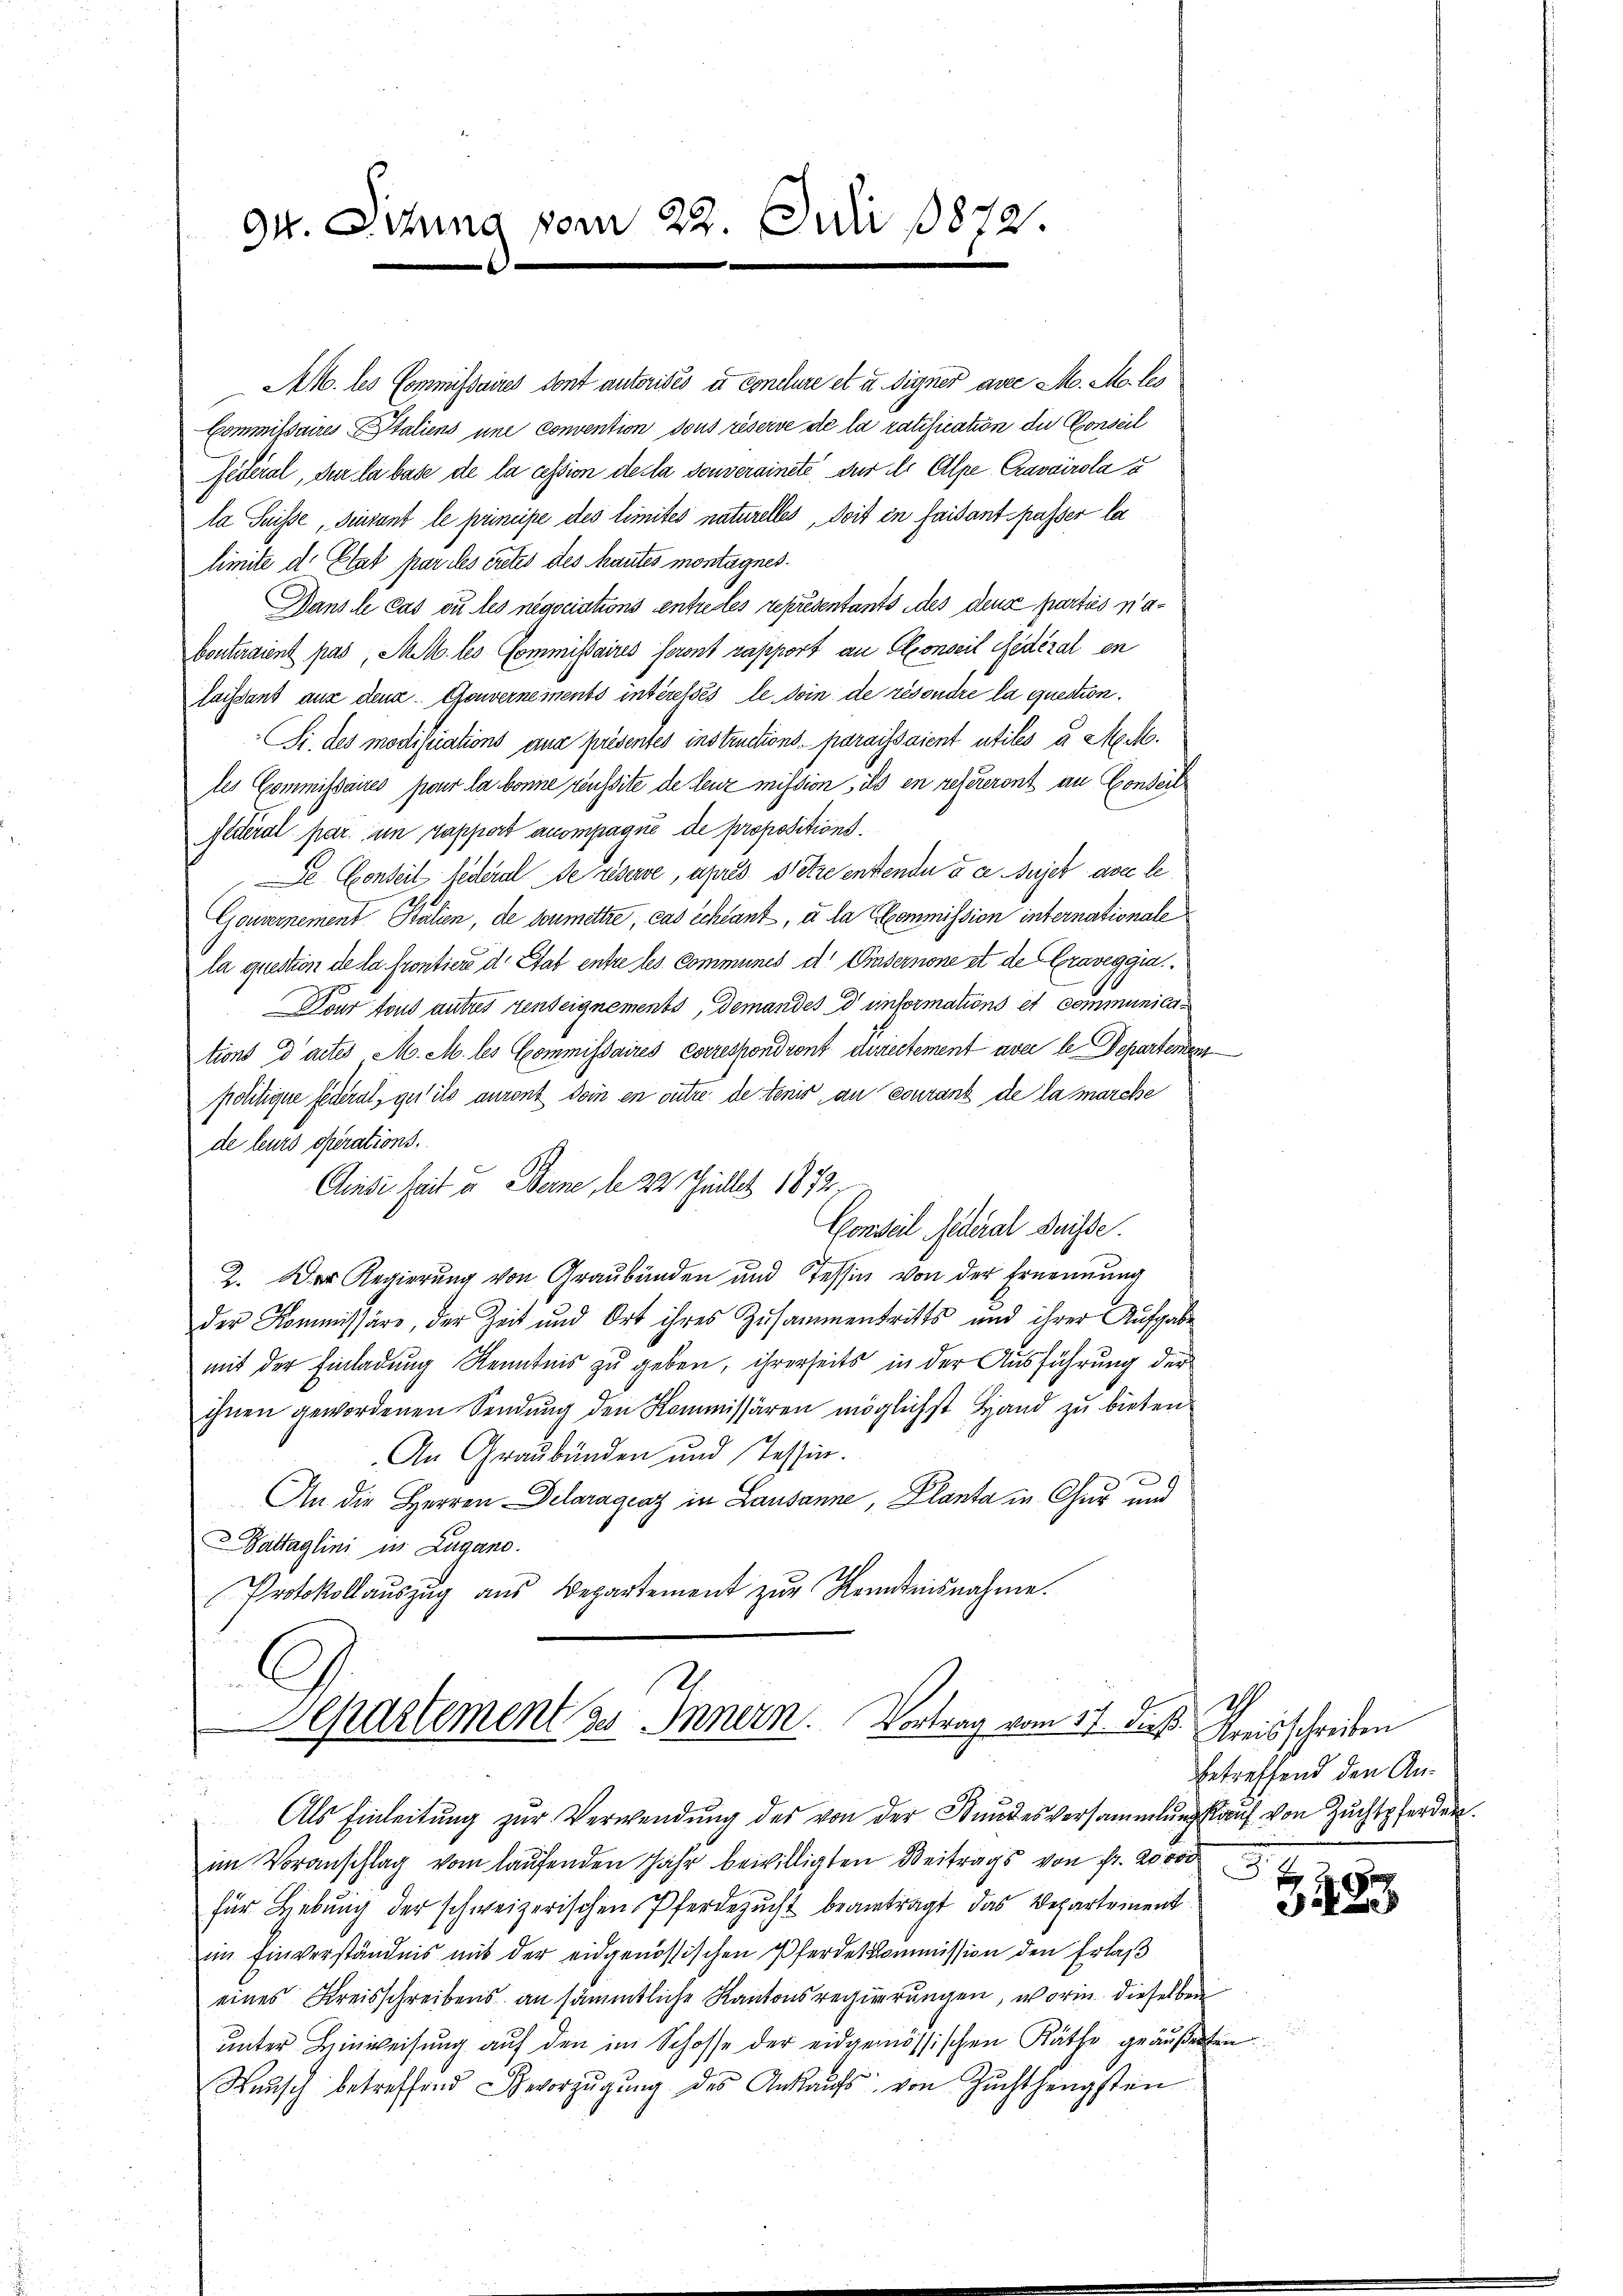
94. Sitzung vom 22. Juli 1872.

AM. les Commissaires dont autorisés et Conclure et u. digner avec Mo. M. les
Commissaires Italiens une convention sous réserve de la ratification die Conseil
edéral, der la base de la cession decla souverainete für dr Alpe Cravairola s
la Suisse, disant le principe des limites naturelles, doit in faisant passer la
limite dr Etat par les tretes des Mantes montagnes.
Mans le cas ou les negociations entretes représentants des dence partis nabontraient pas, M. M. les Commissaires seront rapport an Conseil fédéral en
laissant aus denn Gouvernements intéressés, le dein de resondre la question.
i. des modifications eine présentes instructions-paraissaient utiles a M. M.
les Commissaires pour la bonne reussite de Lenz mission, ils en refereront an Conserl
Elteral par im rapport anompagné de propositions.
De Conseil federal de reserve, après setze entende i ce sujet avec le
Gouvernement Stalien, de soumettre, cas échéant, à la Commission internationale
la question de la Frontiere d. Stab entre les Communes der Einsernone ist de Graveggia
Dour tous autres zenteignements, demandes dr informations et communications d’actes M. M. les Commissaires Correspondront directement avec le Departemen
politique federat, gut ils auront dein en outre de tenir an couranz de la marche
de leurs operations.
Ainsi seit u. Berne, d. 22 Juillet 1872.
Conseil Federal Suisse.
2. Der Regierung von Graubünden und Tessin von der Ernennung
der Kommissäre, der Zeit und Ort ihres Zusammentritts und ihrer Aufgabe
mit der Einladung Kenntnis zu geben, ihrerseits in der Ausführung der
ihnen gewordenen Sendung den Kommissären möglichst Hand zu bieten.
An Graubünden und Tessin.
An die Herren Delaragenz in Lausanne, Planta in Chur und
attaglini in Lugano.
Protokollaŭszŭg aŭs Departement zŭr Kenntnisnahme.
2
Separtement des Innern. Vortrag vom 17. dieß. Kreisschreiben
Als Einleitung zur Verwendung des von der Stundesversammlungsauf von Zuchtpferden.
im Voranschlag vom laufenden Jahr bewilligten Beitrags von Fr. 20000
für Hebŭng der schweizerischen Pferdezucht beantragt das Departement
im Einverständnis mit der eidgenössischen Pferdetkommission den Erlaß
eines Kreisschreibens an sämmtliche Kantonsregierungen, worin dieselben
unter Hinweisung auf den im Schosse der eidgenössischen Räthe geäußerten
Wunsch betreffend Bevorzŭgŭng des Ankaŭfs von Zŭchthengsten

19
betreffend den An¬

a u